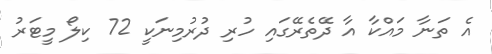
އެ ތަނާ މައްކާ އާ ދޭތެރޭގައި ހުރި ދުރުމިނަކީ 72 ކިލޯ މީޓަރު